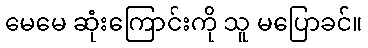
မေမေ ဆုံးကြောင်းကို သူ မပြောခင်။